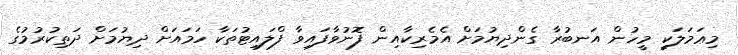
މިޢަމަލަކީ މީހުން އަނބުރާ ގެންދިޔުމަށް އެމެރިކާއިން ފޮނުވާފައިވާ ފްލައިޓުތަކާ ހަމައަށް ދިޔުމަށް ދަތިކުރުމުގެ